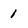
Character: 1